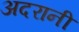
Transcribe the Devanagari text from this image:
अदरानी